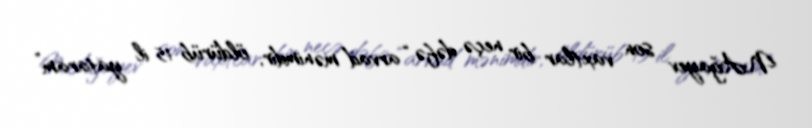
N.Ağayev son vaxtlar bir neçə dəfə “arvad mənimdir, öldürüb 15 il yataram”